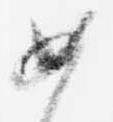
如